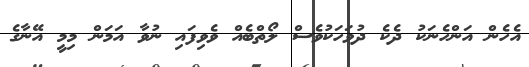
އެހެން އަންހެނަކު ދެކެ ދުވަހަކުވެސް ލޯތްބެއް ވެވިފައި ނުވާ އަމަން މިމީ އޭނާގެ